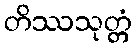
တိဿသုတ္တံ